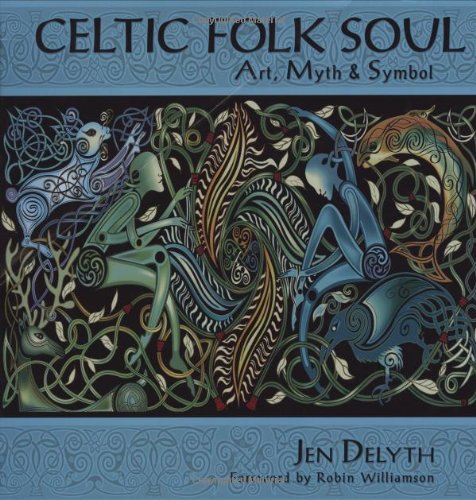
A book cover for Celtic Folk Soul: Art, Myth & Symbol; Jen Delyth; Religion & Spirituality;